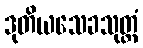
ဒုတိယသေခသုတ္တံ